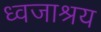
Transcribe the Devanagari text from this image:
ध्वजाश्रय